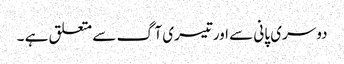
دوسری پانی سے اورتیسری آگ سے متعلق ہے ۔